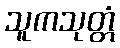
သူကသုတ္တံ